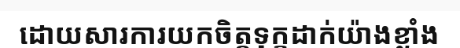
ដោយសារការយកចិត្តទុក្ខដាក់យ៉ាងខ្លាំង